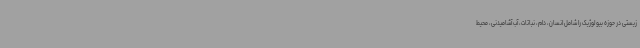
زیستی در حوزه بیولوژیک را شامل انسان، دام، نباتات، آب آشامیدنی، محیط